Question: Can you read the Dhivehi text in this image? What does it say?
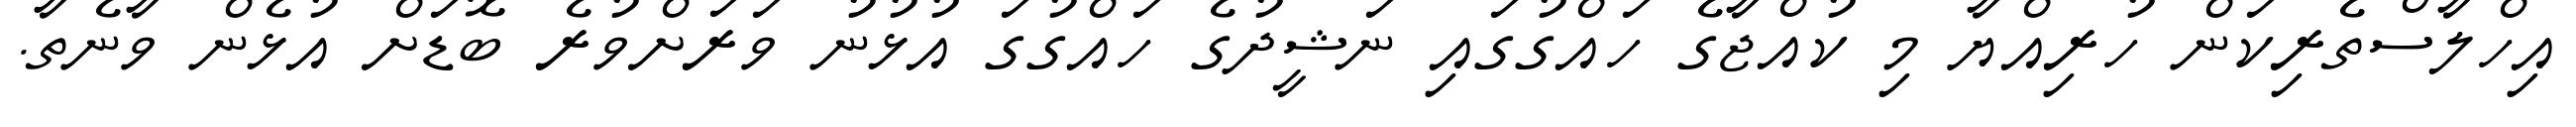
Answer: އިހްލާސްތެރިކަން ހުރިއްޔާ މި ކުއްޖާގެ ހައްގުގައި ނަޝީދުގެ ހައްގުގަ އުޅުނު ވަރަށްވުރެ ބޮޑަށް އުޅެން ވާނެތާ.